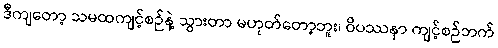
ဒီကျတော့ သမထကျင့်စဉ်နဲ့ သွားတာ မဟုတ်တော့ဘူး၊ ဝိပဿနာ ကျင့်စဉ်ဘက်